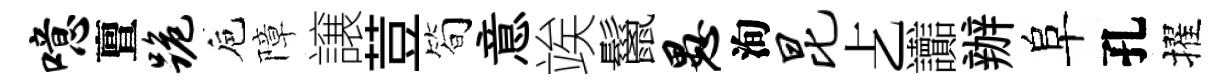
噫亶跪巵障譲荳简意竢鬣愚洵昆𠧒讟辦阜孔擢